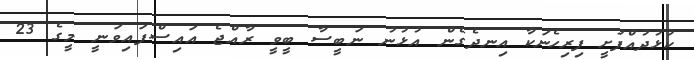
ކުޅުދުއްފުށީ ފިރިހެނަކާ އިނދެގެން އުޅުނު ނަބީސާ ބީވީ ރާއްޖެ އައިސްފައިވަނީ މީގެ 23